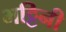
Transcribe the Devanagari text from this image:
भट्टिनी